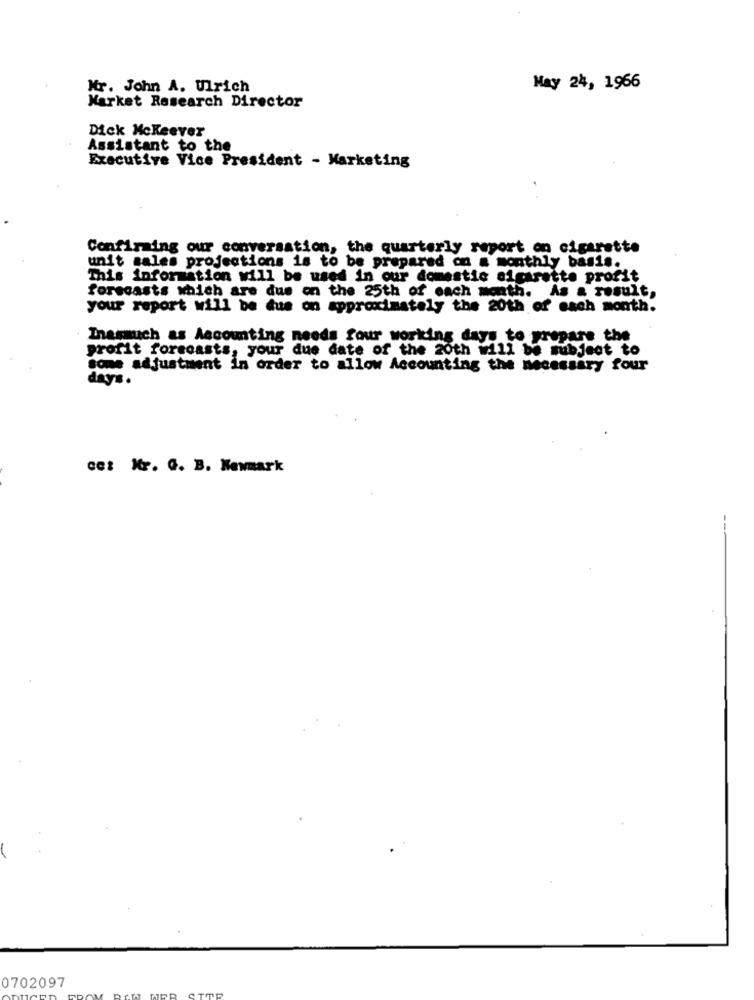
Mr. John A. Ulrich
May 24, 1966
Market Research Director
Dick Mckeever
Assistant to the
Executive Vice President - Marketing
Confiraing our conversation, the quarterly report on cigarette
unit sales projections is to be prepared on a monthly basis.
This information will be used in our domestic cigarette profit
forecasts which are dus on the 25th of each month. As a result,
your report will be due on approximately the 20th of each month.
Inasmuch as Accounting needs four working days to prepare the
profit forecasts, your due date of the 20th will be subject to
some adjustment in order to allow Accounting the necessary four
days.
cet Mr. G. B. Newmark
0702097